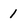
Character: 1